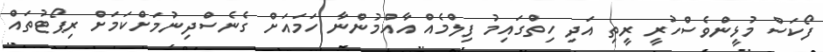
ފޯކަސް މުޅީންވެސްހުރީ ރީތި އަދި ހިތްގައިމު ފިލްމެއް އާއްމުންނާ ހަމައަށް ގެނެސްދިނުމަށްކަމަށް ރިޕޯޓުތައް